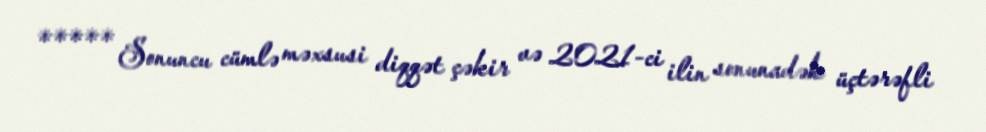
***** Sonuncu cümlə məxsusi diqqət çəkir və 2021-ci ilin sonunadək üçtərəfli